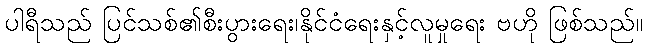
ပါရီသည် ပြင်သစ်၏စီးပွားရေး၊နိုင်ငံရေးနှင့်လူမှုရေး ဗဟို ဖြစ်သည်။